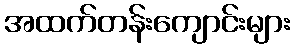
အထက်တန်းကျောင်းများ